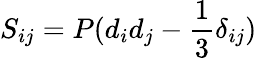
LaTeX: S_{ij}=P(d_{i}d_{j}-\frac{1}{3}\delta_{ij})